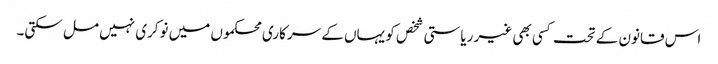
اس قانون کے تحت کسی بھی غیر ریاستی شخص کو یہاں کے سرکاری محکموں میں نوکری نہیں مل سکتی۔